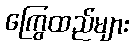
ကြွေထည်များ